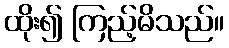
ထိုး၍ ကြည့်မိသည်။